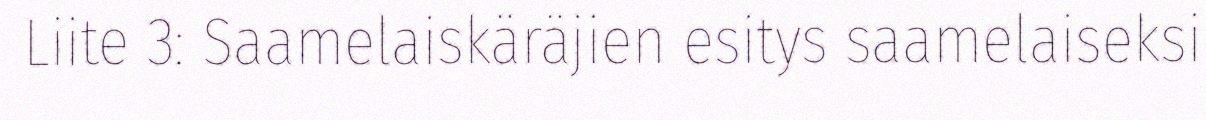
Liite 3: Saamelaiskäräjien esitys saamelaiseksi